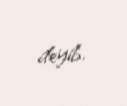
deyib.